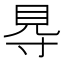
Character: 䙷